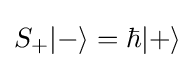
S_{+}|-\rangle =\hbar |+\rangle